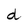
Character: d